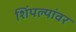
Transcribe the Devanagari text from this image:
शिंपल्यांवर